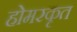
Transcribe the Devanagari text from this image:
होमरकृत